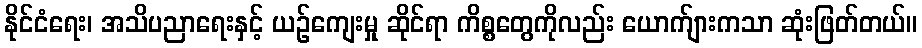
နိုင်ငံရေး၊ အသိပညာရေးနှင့် ယဉ်ကျေးမှု ဆိုင်ရာ ကိစ္စတွေကိုလည်း ယောက်ျားကသာ ဆုံးဖြတ်တယ်။